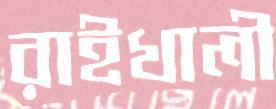
রাইখালী